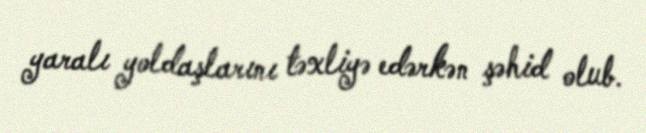
yaralı yoldaşlarını təxliyə edərkən şəhid olub.